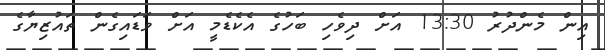
އިން މެންދުރު 13:30 އަށް ދިވެހި ބަހުގެ އެކެޑެމީ އަށް ވަޑައިގެން ތައުޒިޔާގެ